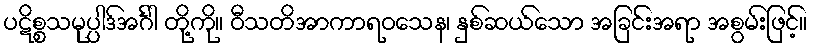
ပဋိစ္စသမုပ္ပါဒ်အင်္ဂါ တို့ကို။ ဝီသတိအာကာရဝသေန၊ နှစ်ဆယ်သော အခြင်းအရာ အစွမ်းဖြင့်။